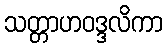
သတ္တာဟဝဒ္ဒလိကာ